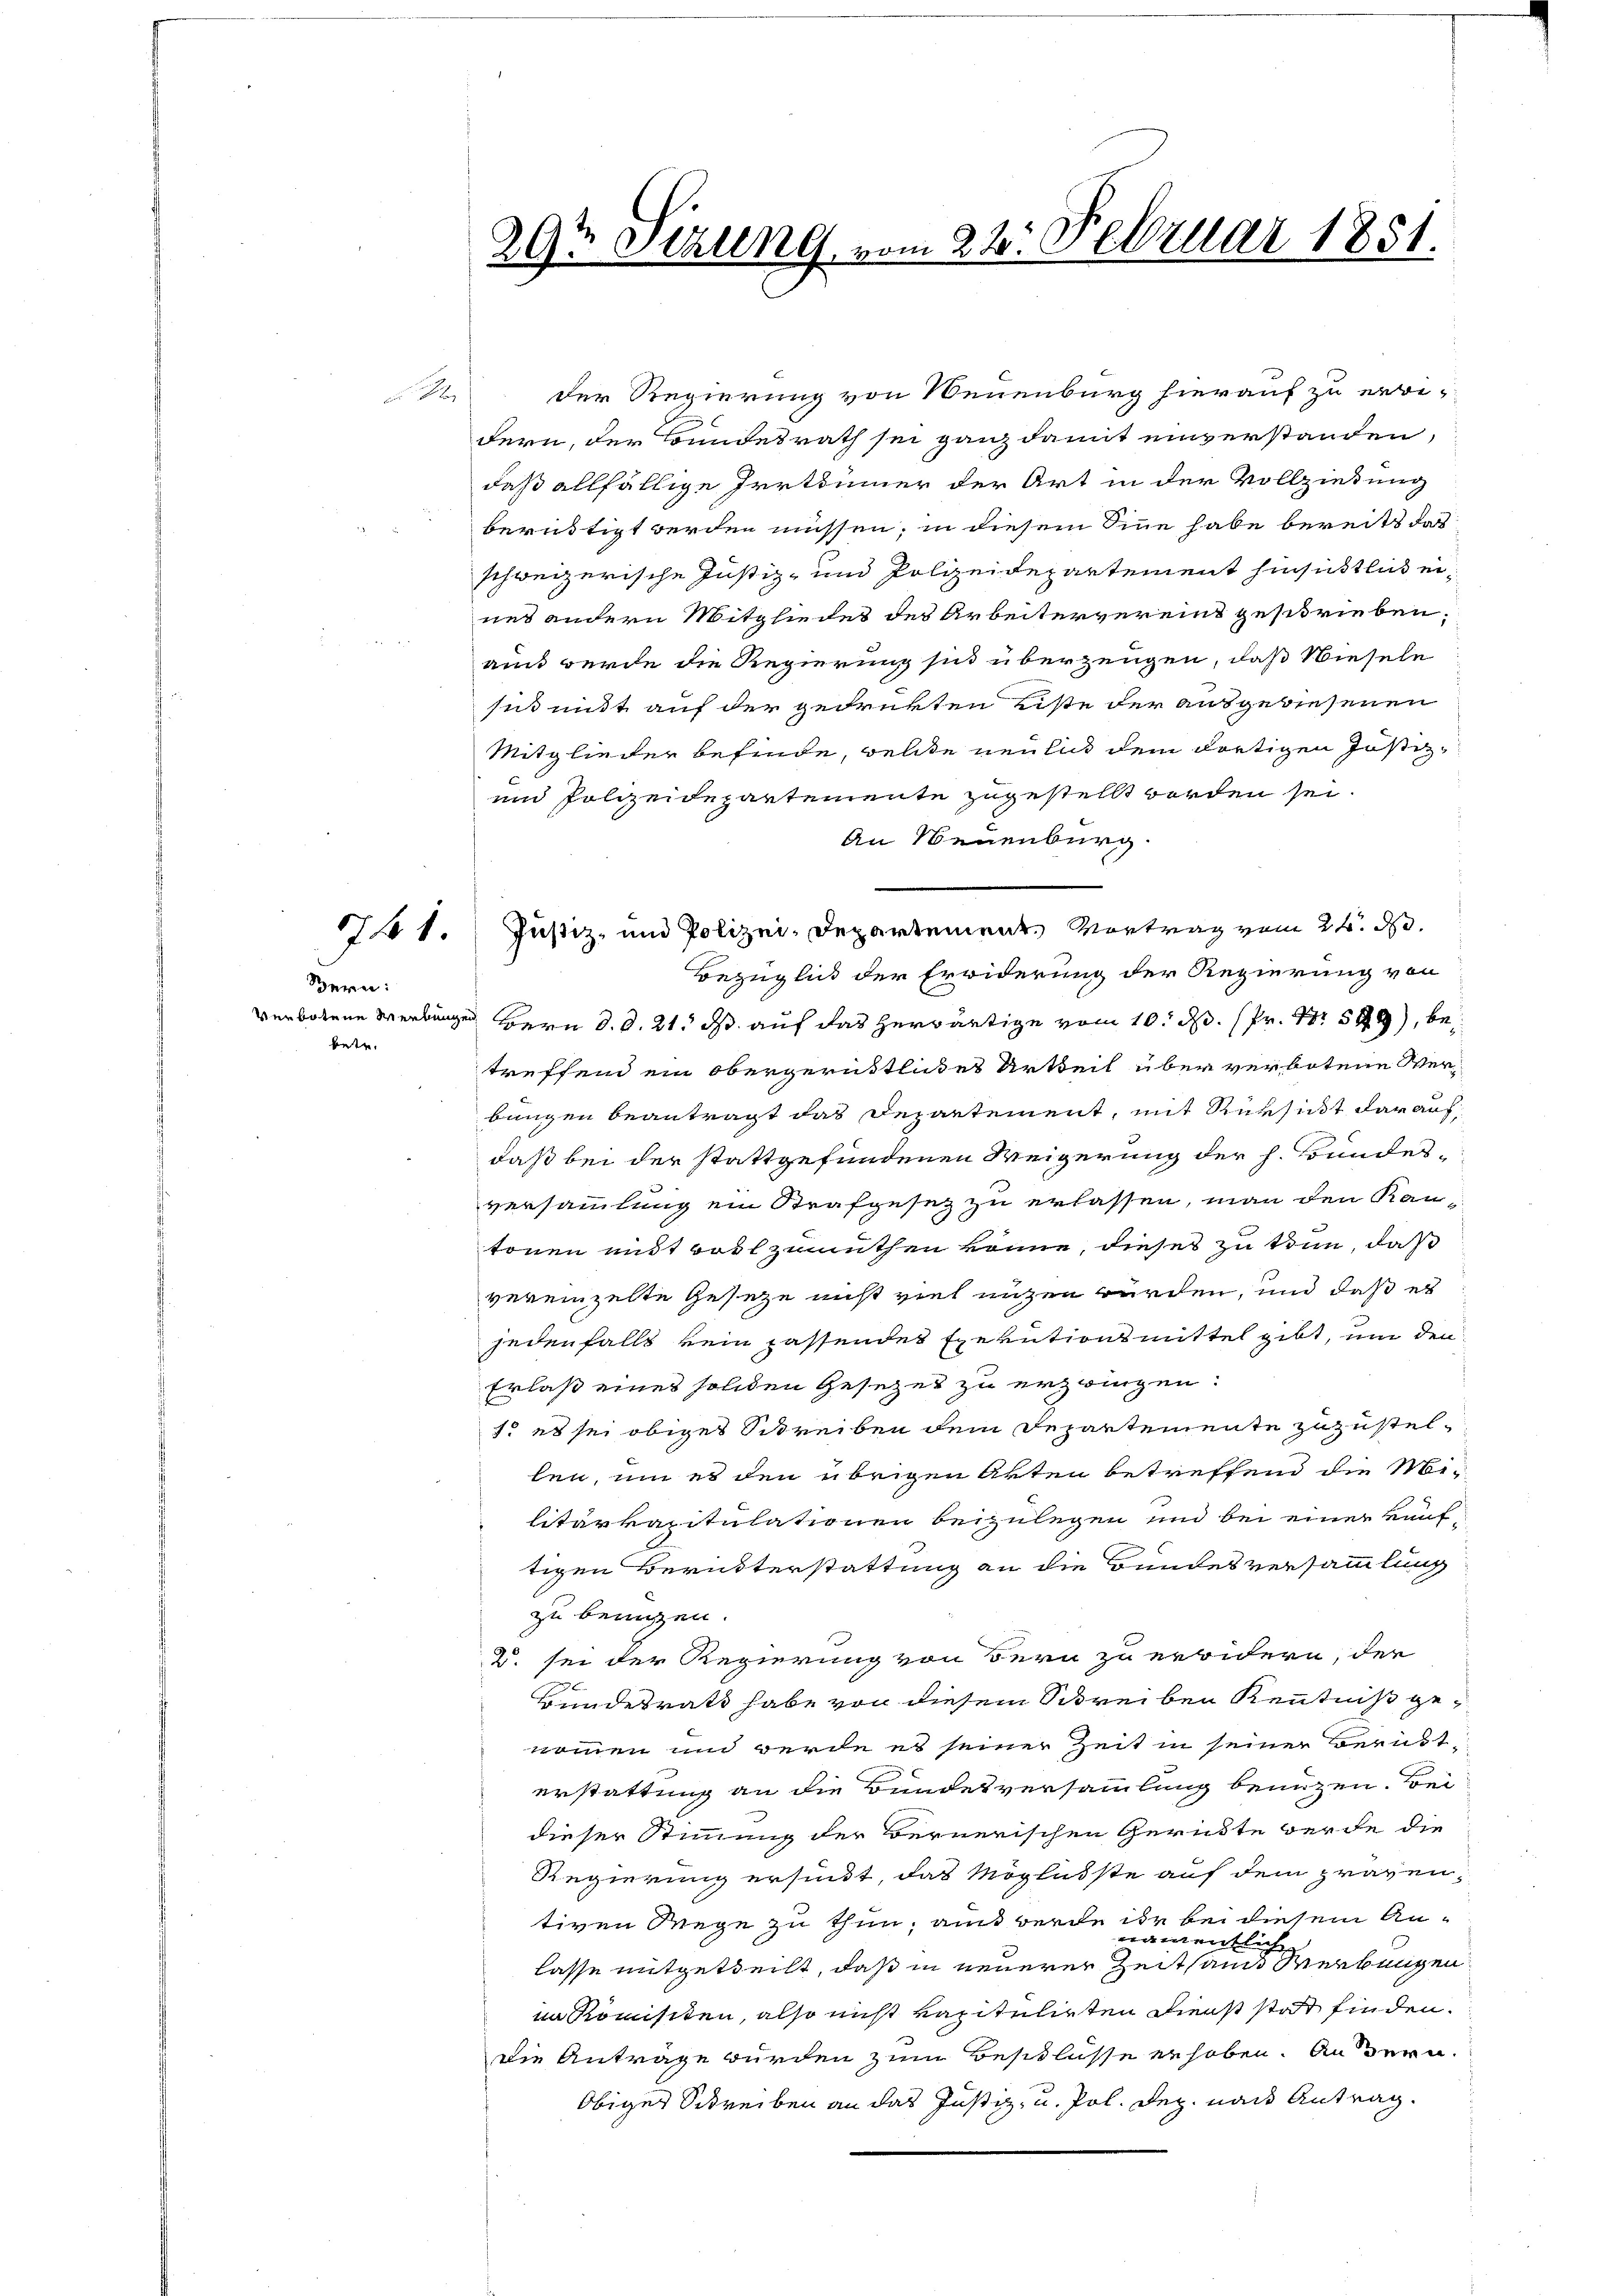
der Regierung von Neuenburg hierauf zu erri-
dern, der Bundesrath sei ganz damit einverstanden,
daß allfällige Irrthümmer der Art in der Vollziehung
beruftigt werden müssen, in diesem Sinne habe bereits das
schweizerische Justiz- und Polizeidepartement hinsichtlich eines andern Mitgliedes des Arbeitervereint geschrieben.
an werde die Regierung sind überzeugen, daß Wiesele
se mit auf der gedrükten eiste der ausgewiesenen
Mitglieder befinde, welche neulich dem dortigen Justiz-
und Polizeidepartemente zugestellt worden sei.
An Neuenburg.
741. Justiz- und Polizei-Departement, Vortrag vom 24. d.
Bezüglick der Erwiderung der Regierung von
Bern d. d. 21. ds auf das herwärtige vom 10. d. Pr. Nr. 549), betreffend ein Obergerüstliches Artheil über verbotene Verbungen beantragt das Departement, mit Rüksicht darauf,
daß bei der stattgefundenen Weigerung der h. Bundesversammlung ein Strafgesetz zu erlassen, man den Kantonen mit roth zumuthen könne, dieses zu tun, daß
vereinzelte Geseze nicht viel unten würden, und daß es
jedenfalls kein passendes Exekutionsmittel gibt, um den
Erlaß eines soliden Gesetzes zu erzwingen.
1o es sei obiges Schreiben dem Departemente zuzustellen, um es den übrigen Akten betreffend die Militärkapitulationen beizulegen und bei einer künftigen Berütterstattung an die Bundesversammlung
zu benuzen.
D. sei der Regierung von Bern zu erwidern, der
Hundesrath habe von diesem Schreiben Kenntniß genommen und werde es seiner Zeit in seiner Berust-
erstattung an die Bundesversammlung benuzen. Bei
dieser Stimmung der Bernerischen Gerichte werde die
Regierung ersindt, das Möglichste auf dem präventiven Wege zu thun, aus werde ihr bei diesem Annamentlich
lasse mitgetheilt, daß in neuerer Zeitsamt Werbungen
nakomisiten, also nicht kapitulirten Dienst statt finden.
die Antrage wurden zum Beschlusse erhoben. Andern.
Obiger Schreiben an das Justiz- u. Pol. Dez. nach Antrag.

Bern:
verbotene Werbungen
betr.

29t Sizung vom 22. Februar 1851.